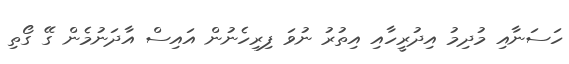
ހަސަނާއި މުދިމު އިދުރީހާއި އިތުރު ނުވަ ފިރިހެނުން އައިސް އާދަނުމެން ގޭ ގޯތި